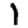
Digit: 1